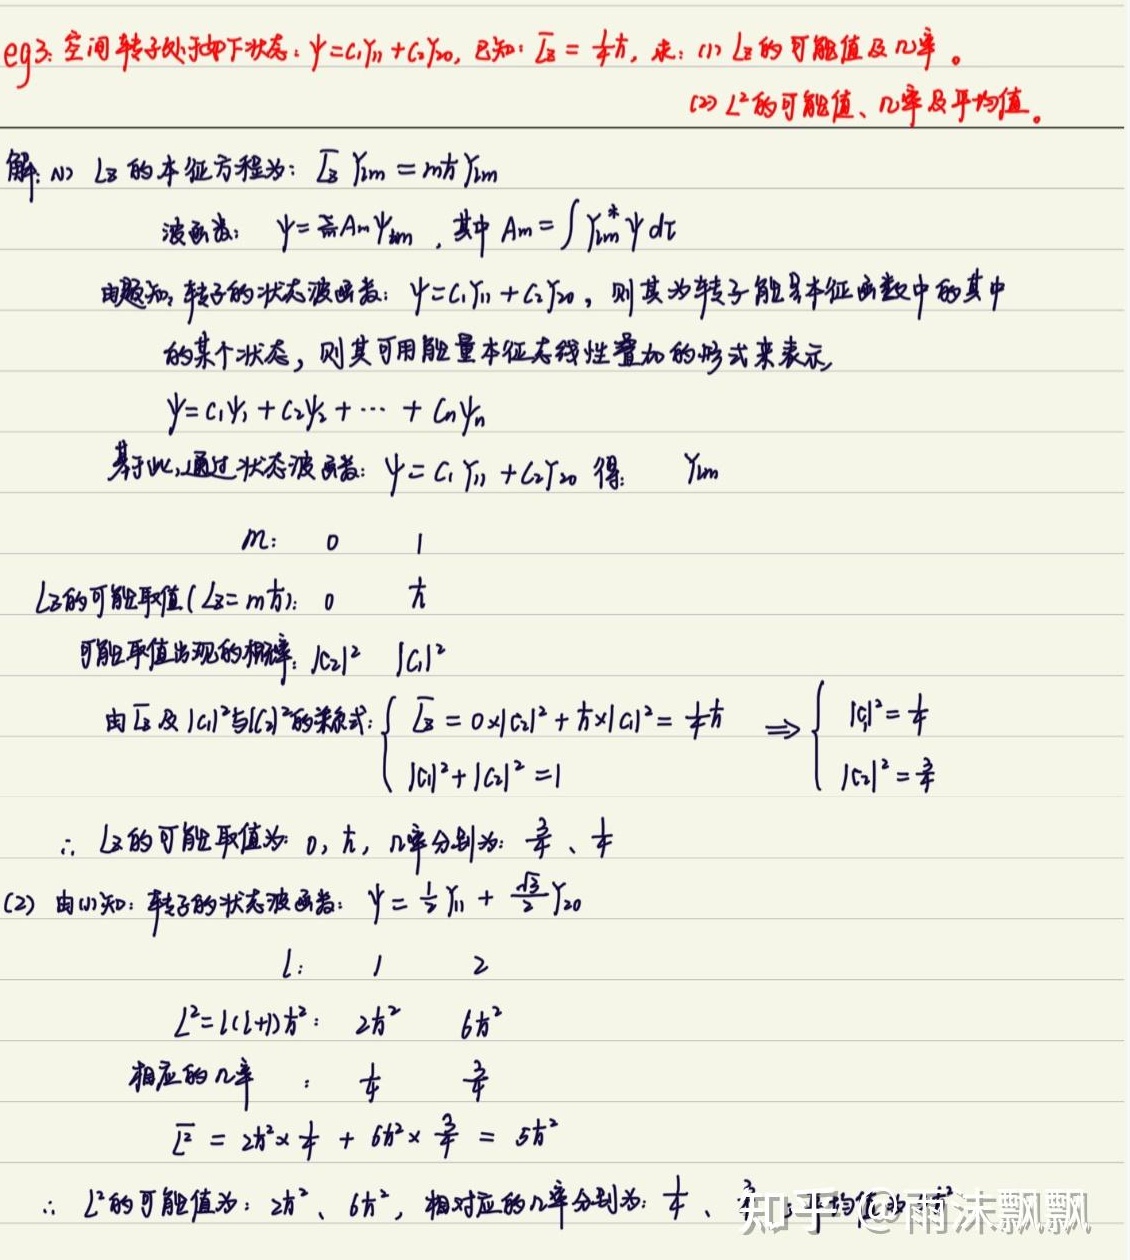
eg3. 空间转子处于状态：$\psi = C_1\varUpsilon_{11}+C_2\varUpsilon_{20}$，已知：$\overline{L_z}=\hbar$，求：
(1) $L_z$的可能值及几率。
解：(1) $L_z$的本征方程为：$\hat{L_z}\varUpsilon_{lm}=m\hbar\varUpsilon_{lm}$。波函数：$\psi=\sum_{l,m}A_{lm}\varUpsilon_{lm}$，其中$A_{lm}=\int\varUpsilon_{lm}^*\psi d\tau$。由题可知，转子的状态波函数：$\psi = C_1\varUpsilon_{11}+C_2\varUpsilon_{20}$，则其为转子能量本征函数中的某个状态，可用能量本征矢线性叠加的形式表示为$\psi = c_1\psi_1 + c_2\psi_2+\cdots + c_n\psi_n$。
基于此，通过状态波函数$\psi = C_1\varUpsilon_{11}+C_2\varUpsilon_{20}$可得：
$\begin{array}{c|c|c}
\varUpsilon_{lm} & m & \text{$L_z$的可能取值（$L_z = m\hbar$）}\\\hline
& 0 & 0 \\
& 1 & \hbar
\end{array}$
可能取值出现的概率：
$\begin{array}{c|c}
\text{$L_z$的可能取值} & \text{概率}\\\hline
0 & |C_0|^2 \\
\hbar & |C_1|^2
\end{array}$
由$\overline{L_z}$及$|C_0|^2$与$|C_1|^2$的算式：
$\begin{cases}
\overline{L_z}=0\times|C_0|^2+\hbar\times|C_1|^2=\hbar\\
|C_0|^2 + |C_1|^2 = 1
\end{cases}\Rightarrow\begin{cases}
|C_1|^2 = 1\\
|C_0|^2 = 0
\end{cases}$
$\therefore$ $L_z$的可能取值为$0$，$\hbar$，概率分别为$0$、$1$。

(2) 由已知：转子的状态波函数：$\psi=\frac{1}{2}\varUpsilon_{11}+\frac{\sqrt{3}}{2}\varUpsilon_{20}$
$\begin{array}{c|c|c}
& l & L^2 = l(l + 1)\hbar^2\\\hline
& 1 & 2\hbar^2 \\
& 2 & 6\hbar^2
\end{array}$
相应的几率：
$\begin{array}{c|c}
\text{$L^2$的值} & \text{几率}\\\hline
2\hbar^2 & \frac{1}{4} \\
6\hbar^2 & \frac{3}{4}
\end{array}$
$\overline{L^2}=2\hbar^2\times\frac{1}{4}+6\hbar^2\times\frac{3}{4}=5\hbar^2$
$\therefore$ $L^2$的可能值为$2\hbar^2$、$6\hbar^2$，相对应的几率分别为$\frac{1}{4}$、$\frac{3}{4}$。 知乎@雨沫飘飘